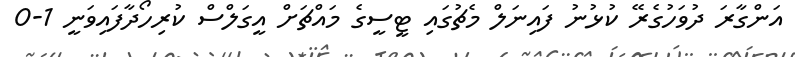
އަންގާރަ ދުވަހުގެރޭ ކުޅުނު ފައިނަލް މެޗުގައި ޓީސީގެ މައްޗަށް އީގަލްސް ކުރިހޯދާފައިވަނީ 1-0